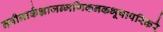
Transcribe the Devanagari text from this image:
नवीनार्कभ्राजन्मणिकनकभूषापरिकरै